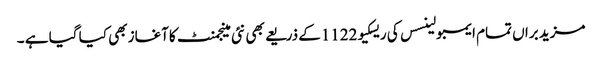
مزید براں تمام ایمبولینسس کی ریسکیو1122کے ذریعے بھی نئی مینجمنٹ کاآغاز بھی کیا گیا ہے ۔